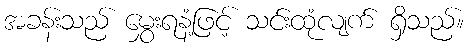
အခန်းသည် မွှေးရနံ့ဖြင့် သင်းထုံလျက် ရှိသည်။